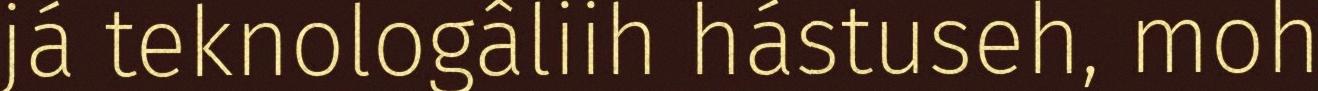
já teknologâliih hástuseh, moh